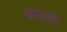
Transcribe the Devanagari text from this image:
अपाकी